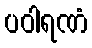
ပဝါရဏံ